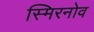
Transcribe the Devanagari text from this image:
स्मिरनोव